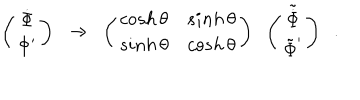
\left( \begin{array} { c } { { \dot { \Phi } } } \\ { { \Phi ^ { \prime } } } \\ \end{array} \right) \; \; \rightarrow \; \; \left( \begin{array} { c c } { { c o s h \, \theta } } & { { s i n h \, \theta } } \\ { { s i n h \, \theta } } & { { c o s h \, \theta } } \\ \end{array} \right) \; \; \left( \begin{array} { c } { { \tilde { \dot { \Phi } } } } \\ { { \tilde { \Phi } ^ { \prime } } } \\ \end{array} \right) \; \; .